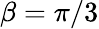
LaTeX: \beta=\pi/3